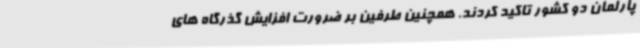
پارلمان دو کشور تاکید کردند. همچنین طرفین بر ضرورت افزایش گذرگاه های